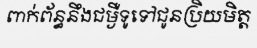
ពាក់ព័ន្ធនឹងជម្ងឺទូទៅជូនប្រិយមិត្ត